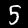
Digit: 5